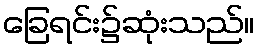
ခြေရင်း၌ဆုံးသည်။